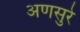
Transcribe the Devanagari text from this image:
अणसुरे